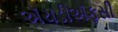
ઍચડીઍફસી